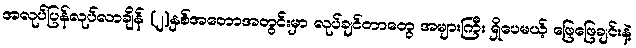
အလုပ်ပြန်လုပ်လာချိန် (၂)နှစ်အတောအတွင်းမှာ လုပ်ချင်တာတွေ အများကြီး ရှိပေမယ့် ဖြေဖြေချင်းနဲ့